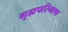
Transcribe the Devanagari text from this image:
गृह्यपरिभाषा